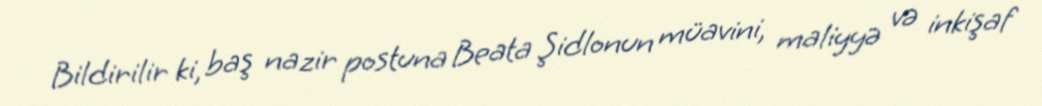
Bildirilir ki, baş nazir postuna Beata Şidlonun müavini, maliyyə və inkişaf